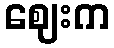
ဈေးက